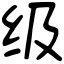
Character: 级